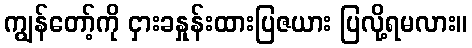
ကျွန်တော့်ကို ငှားခနှုန်းထားပြဇယား ပြလို့ရမလား။